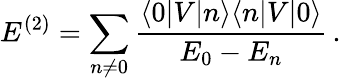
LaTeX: E^{(2)}=\sum_{n\ne 0}\frac{\langle 0|V|n\rangle\langle n|V|0\rangle}{E_{0}-E_{n}}\, .